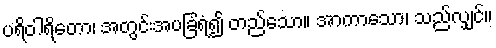
ပရိဝါရိတော၊ အတွင်းအပခြံရံ၍ တည်သော။ အာကာသော၊ သည်လျှင်။